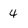
Character: 4